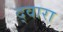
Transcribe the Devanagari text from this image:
द्‍वारा